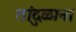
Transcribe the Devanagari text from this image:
तांदुळाना